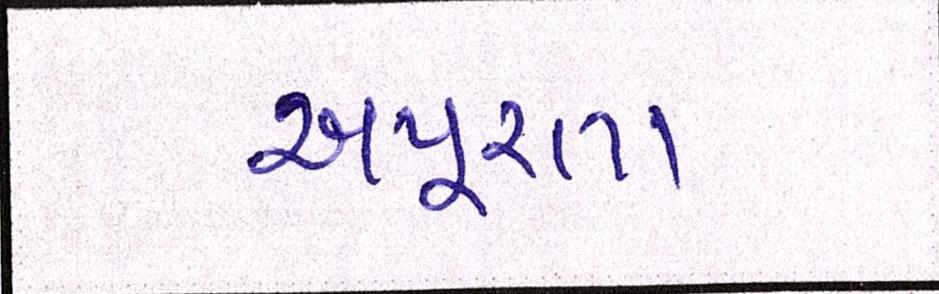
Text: અપૂરતા